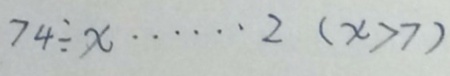
7 4 \div x \cdots 2 ( x > 7 )